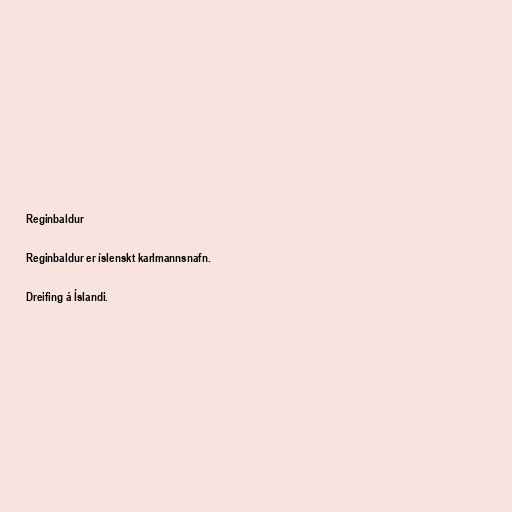
Reginbaldur

Reginbaldur er íslenskt karlmannsnafn.

Dreifing á Íslandi.